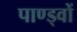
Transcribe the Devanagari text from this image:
पाण्ड्वों